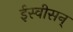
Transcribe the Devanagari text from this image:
ईस्वीसन्